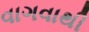
વાગવાથી